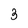
Character: 3